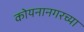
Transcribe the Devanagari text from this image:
कोयनानगरच्या